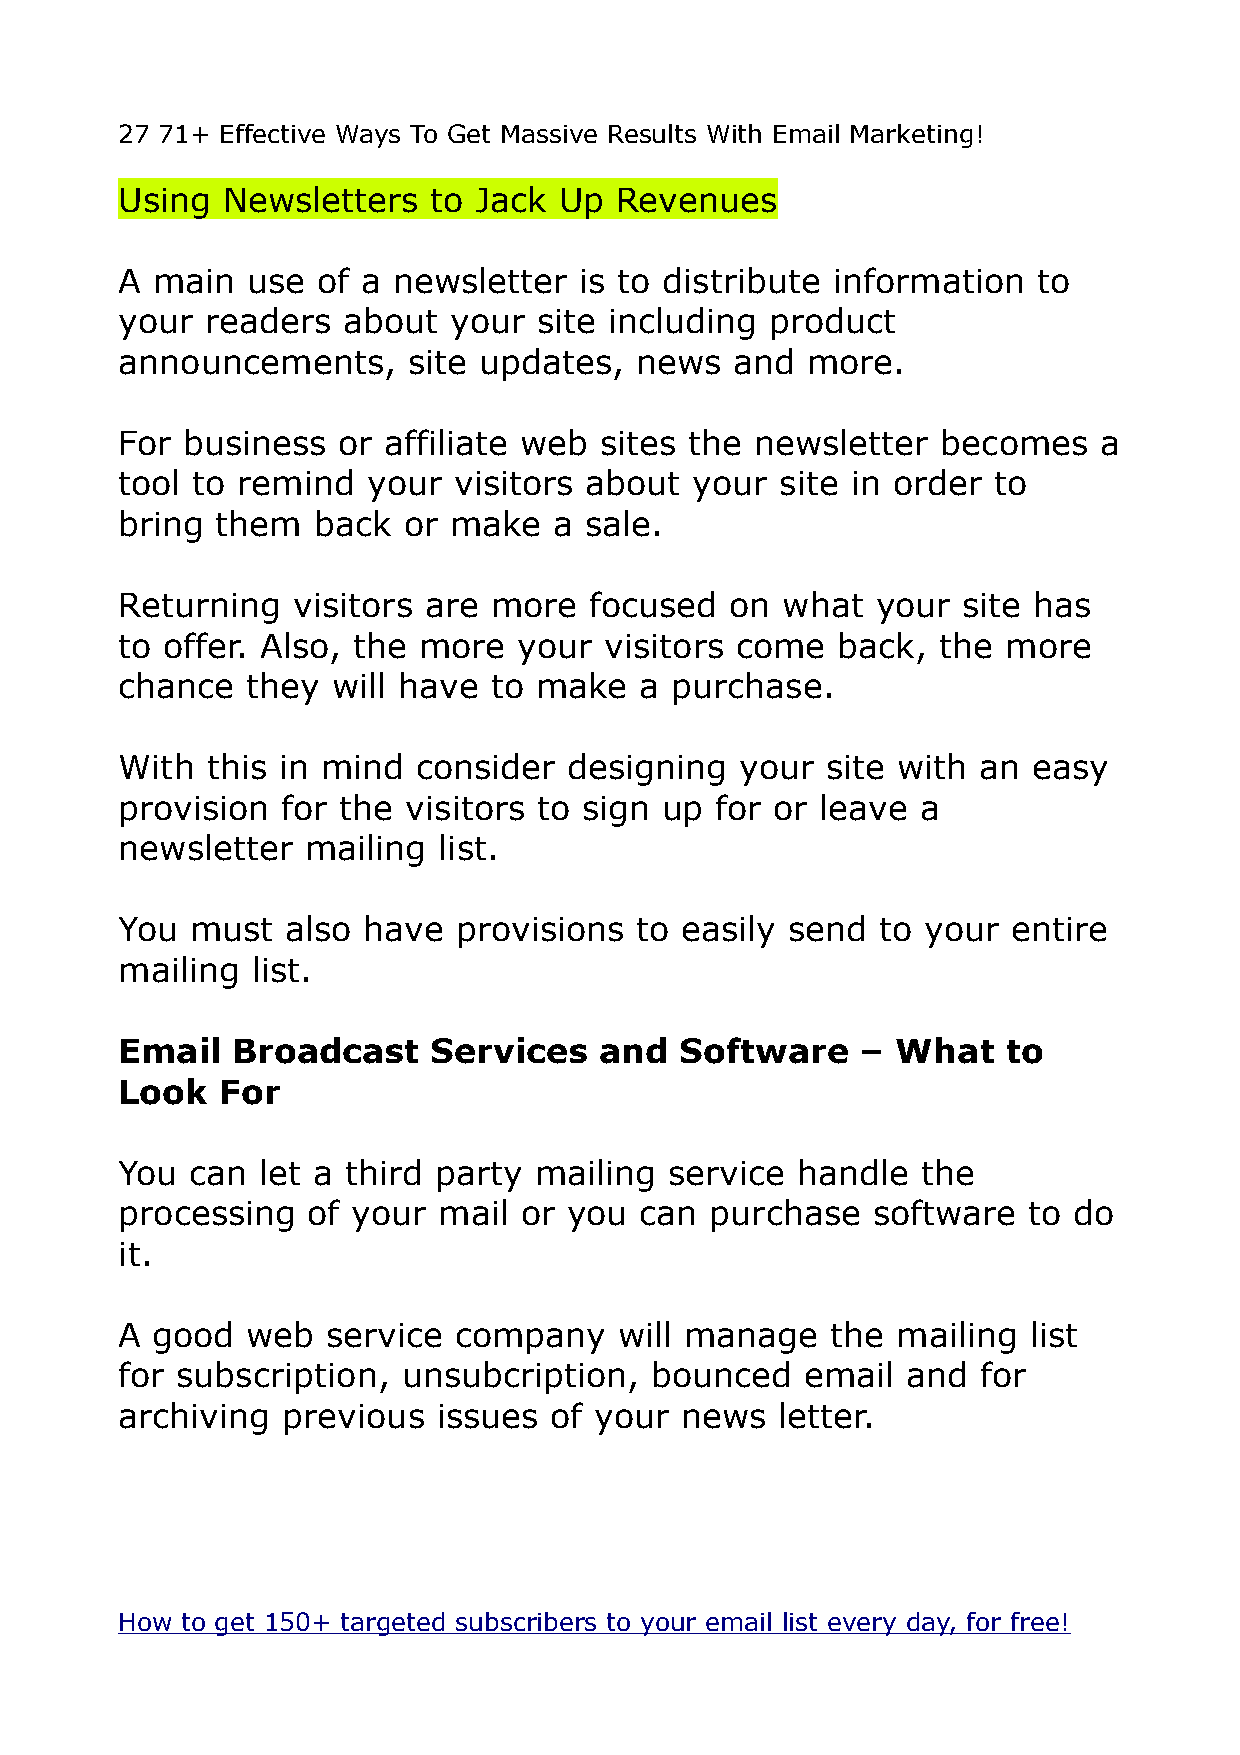
27 71+ Effective Ways To Get Massive Results With Email Marketing!
 Using  Newsletters  to Jack  Up  Revenues
 A main  use  of a newsletter  is to distribute information   to
 your  readers  about  your  site including product
 announcements,     site updates,  news   and more.
 For business  or affiliate web  sites the newsletter  becomes    a
 tool to remind  your  visitors about  your  site in order to
 bring them   back  or make   a sale.
 Returning  visitors are more   focused  on  what  your  site has
 to offer. Also, the more  your  visitors come  back,  the  more
 chance  they  will have to make   a purchase.
 With  this in mind  consider  designing  your  site with an easy
 provision  for the visitors to sign up for or leave  a
 newsletter  mailing  list.
 You  must  also have  provisions  to easily send  to your  entire
 mailing  list.
 Email  Broadcast     Services   and  Software    – What    to
 Look   For
 You  can let a third party mailing  service  handle  the
 processing  of your  mail or  you can  purchase   software  to do
 it.
 A good  web   service company    will manage   the mailing  list
 for subscription,  unsubcription,  bounced   email  and  for
 archiving  previous  issues of your  news   letter.
 How to get 150+ targeted subscribers to your email list every day, for free!